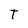
Character: T